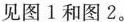
见图1和图2。